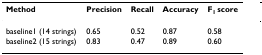
| Method | Precision | Recall | Accuracy | F1 score |
 | --- | --- | --- | --- | --- |
 | baseline1 (14 strings) | 0.65 | 0.52 | 0.87 | 0.58 |
 | baseline2 (15 strings) | 0.83 | 0.47 | 0.89 | 0.60 |